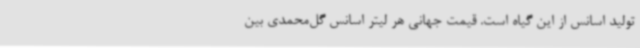
تولید اسانس از این گیاه است. قیمت جهانی هر لیتر اسانس گل‌محمدی بین